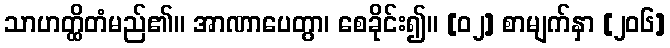
သာဟတ္ထိတံမည်၏။ အာဏာပေတွာ၊ စေခိုင်း၍။ [၀၂] စာမျက်နှာ [၂၀၆]